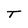
Character: T